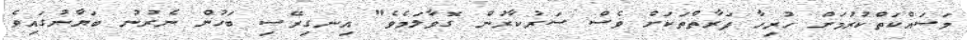
މަސައްކަތްކުރުމަށް ހުރިހާ ފަރާތްތަކަށް ވެސް ސަރުކާރުން ގޮވާލަމެވެ" އިނގިރޭސި ބަހުން ނެރުނު ބަޔާނުގައިވެ